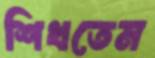
শিখতেম